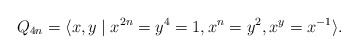
\begin{align*}Q_{4n}=\langle x,y\mid x^{2n}=y^4=1, x^n=y^2, x^y=x^{-1}\rangle.\end{align*}